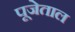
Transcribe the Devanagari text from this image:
पूजेताल